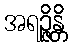
အရဉ္ဇိန္တိ